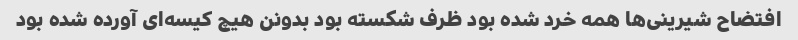
افتضاح شیرینی‌ها همه خرد شده بود ظرف شکسته بود بدونن هیچ کیسه‌ای آورده شده بود